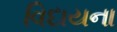
વિદાયના